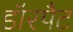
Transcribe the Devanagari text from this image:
डॉरपैट